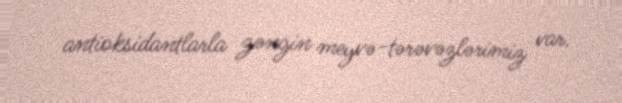
antioksidantlarla zəngin meyvə-tərəvəzlərimiz var.